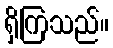
ရှိကြသည်။